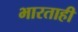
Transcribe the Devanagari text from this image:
भारताही